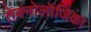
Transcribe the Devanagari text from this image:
तेक्नोलॉजिका